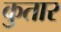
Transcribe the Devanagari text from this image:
कुतार